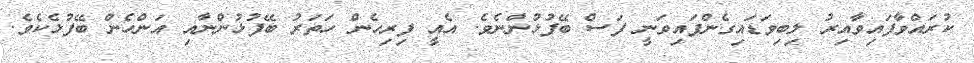
ކުރައްވާފައިވާއިރު ލިބިވަޑައިގެންފައިވަނީ ފަސް ބޭފުޅުންނެވެ. އެއީ ފިރިހެން ހަތަރު ބޭފުޅުންނާއި އަންހެން ބޭފުޅެކެވެ.